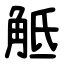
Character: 觝